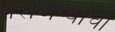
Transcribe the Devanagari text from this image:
परांजप्यांचा